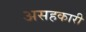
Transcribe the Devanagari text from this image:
असहकारी